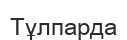
Тұлпарда